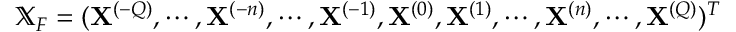
\mathbb { X } _ { F } = ( \mathbf { X } ^ { ( - Q ) } , \allowbreak \cdots , \allowbreak \mathbf { X } ^ { ( - n ) } , \allowbreak \cdots , \allowbreak \mathbf { X } ^ { ( - 1 ) } , \allowbreak \mathbf { X } ^ { ( 0 ) } , \allowbreak \mathbf { X } ^ { ( 1 ) } , \allowbreak \cdots , \mathbf { X } ^ { ( n ) } , \allowbreak \cdots , \allowbreak \mathbf { X } ^ { ( Q ) } ) ^ { T }